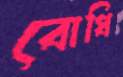
বোধি